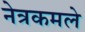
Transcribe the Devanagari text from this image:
नेत्रकमले